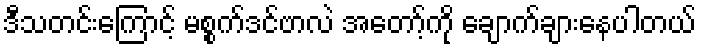
ဒီသတင်းကြောင့် မစ္စက်ဒင်ဗာလဲ အတော့်ကို ချောက်ချားနေပါတယ်